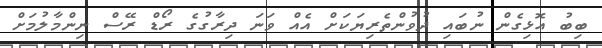
ބިބު އޮޅިގެން ނުބައި ދުވުންތެރިޔަކަށް އެއް ވަނަ ދިރާގުގެ ރޯޑް ރޭސް ނިންމާލުމަށް